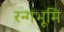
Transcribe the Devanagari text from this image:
रन्गभूमि